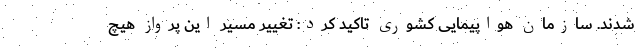
شدند. سازمان هواپیمایی کشوری تاکید کرد: تغییر مسیر این پرواز هیچ